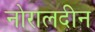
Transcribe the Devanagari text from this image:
नोरालदीन